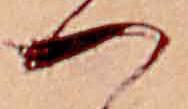
つ